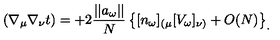
( \nabla _ { \mu } \nabla _ { \nu } t ) = + 2 { \frac { | | a _ { \omega } | | } { N } } \left\{ [ n _ { \omega } ] _ { ( \mu } [ V _ { \omega } ] _ { \nu ) } + O ( N ) \right\} _ { . }